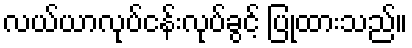
လယ်ယာလုပ်ငန်းလုပ်ခွင့် ပြုထားသည်။